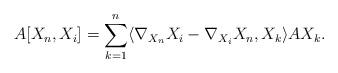
LaTeX: \begin{align*} A[X_{n},X_{i}]=\sum_{k=1}^{n}\langle \nabla_{X_{n}}X_{i}-\nabla_{X_{i}}X_{n}, X_{k}\rangle AX_{k}.\end{align*}